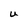
Character: U